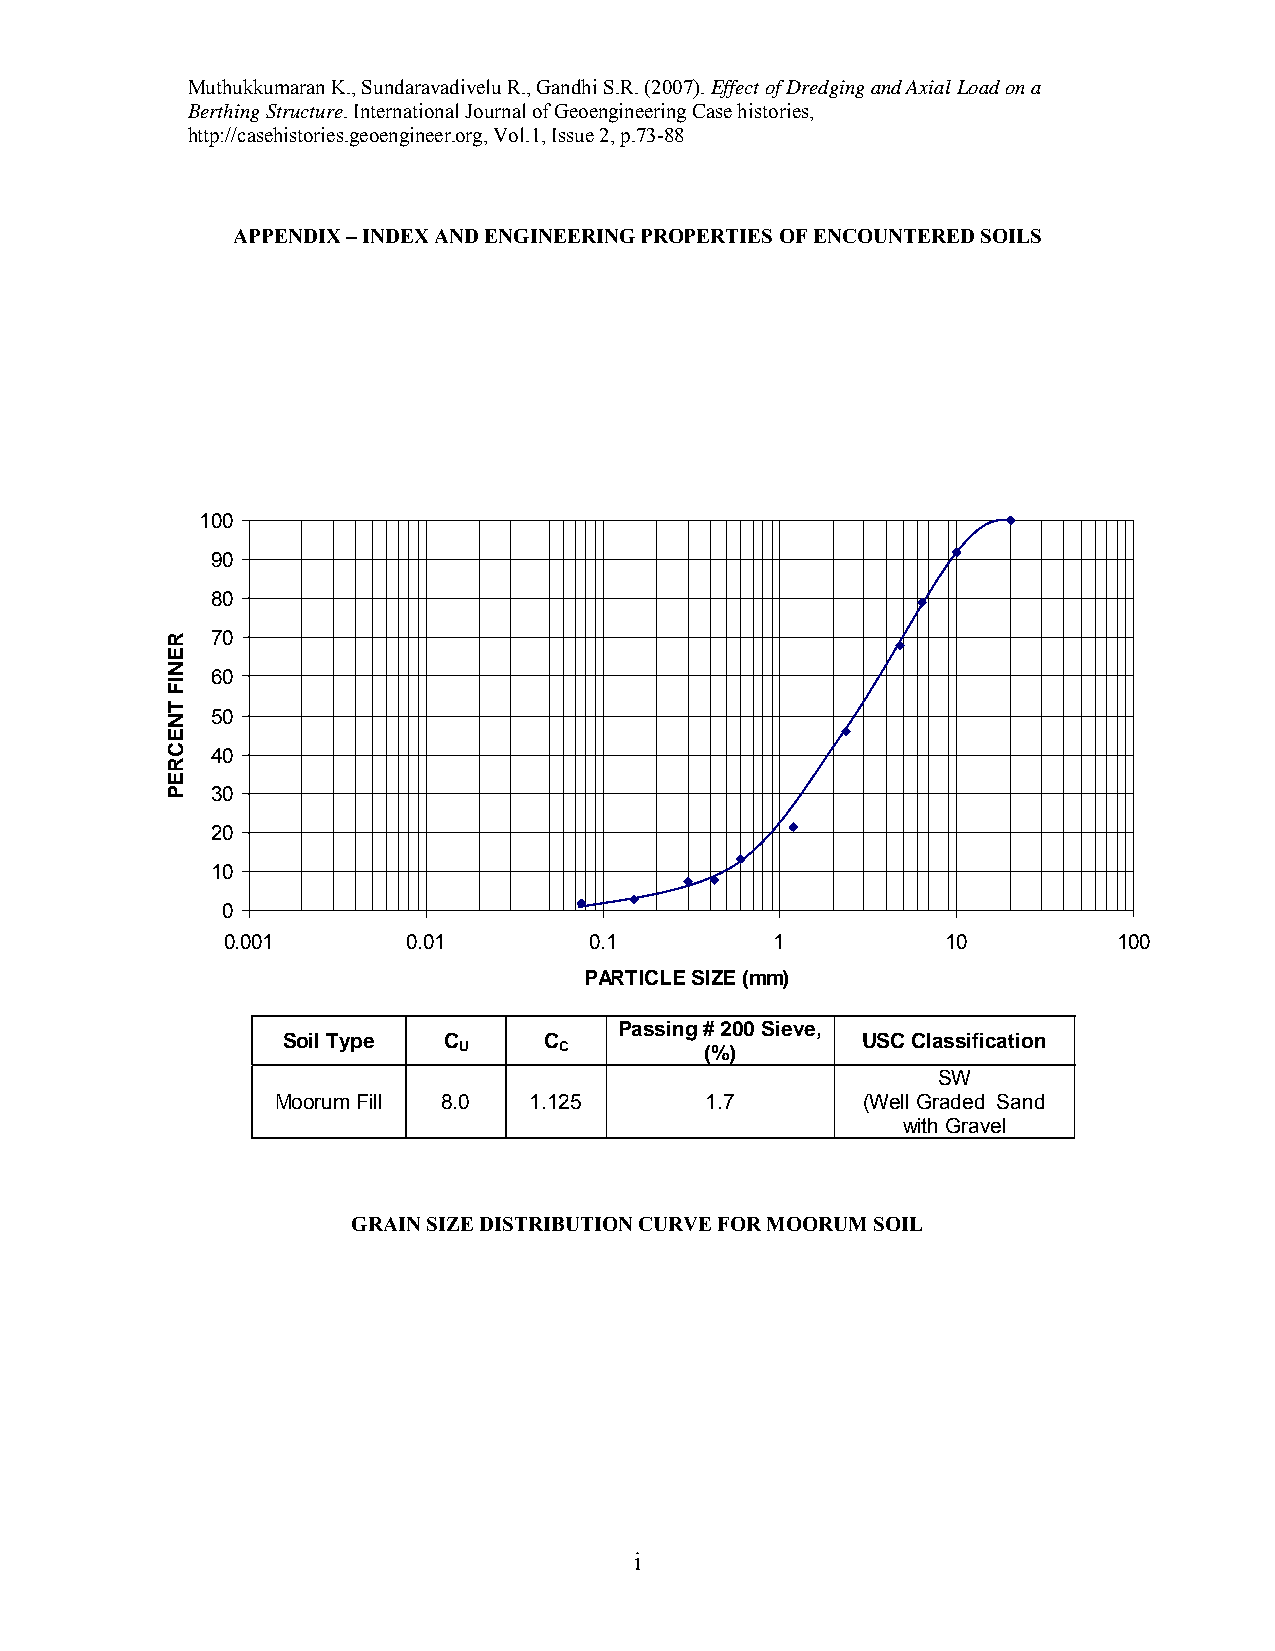
Muthukkumaran K., Sundaravadivelu R., Gandhi S.R. (2007). Effect of Dredging and Axial Load on a
 Berthing Structure. International Journal of Geoengineering Case histories,
 http://casehistories.geoengineer.org, Vol.1, Issue 2, p.73-88
 APPENDIX – INDEX AND ENGINEERING PROPERTIES OF ENCOUNTERED SOILS
 100
 90
 80
 70
 60
 50
 40
 30
 20
 10
 0
 0.001       0.01        0.1         1           10         100
 PARTICLE SIZE (mm)
 Passing # 200 Sieve,
 Soil Type C      C                    USC Classification
 U      C         (%)
 SW
 Moorum Fill 8.0  1.125       1.7       (Well Graded Sand
 with Gravel
 GRAIN SIZE DISTRIBUTION CURVE FOR MOORUM SOIL
 i
 RENIF
 TNECREP